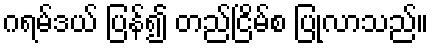
ဂရမ်ဒယ် ပြန်၍ တည်ငြိမ်စ ပြုလာသည်။